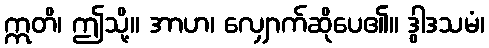
ဣတိ၊ ဤသို့။ အာဟ၊ လျှောက်ဆိုပေ၏။ ဒွါဒသမံ၊